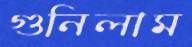
গুনিলাম